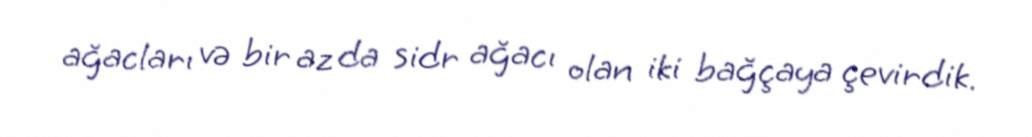
ağacları və bir az da sidr ağacı olan iki bağçaya çevirdik.